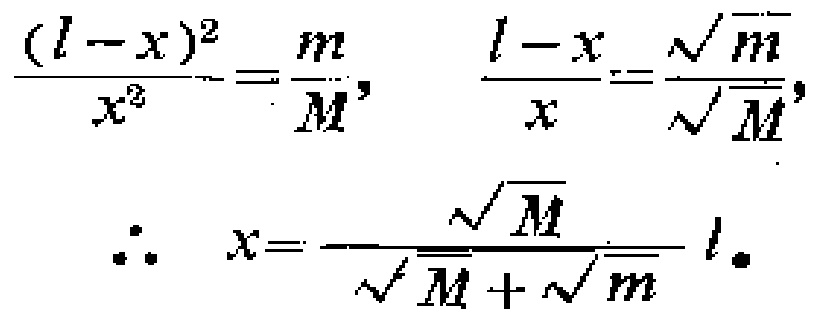
\[\frac{(l - x)^2}{x^2}=\frac{m}{M},\quad \frac{l - x}{x}=\frac{\sqrt{m}}{\sqrt{M}},\]

\[\therefore\quad x = \frac{\sqrt{M}}{\sqrt{M}+\sqrt{m}}l\]